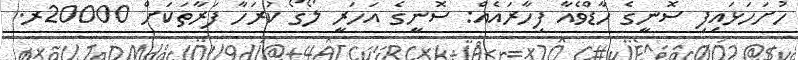
ހުށަހަޅައިފި ސޮނީގެ ހާޑްވެއާ ފިހާރައެއް: ސޮނީގެ އަހަރީ ލޯގޯ ކުރަހާ ފަރާތަކަށް 20000ރ.